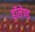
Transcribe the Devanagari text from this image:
हॉलेण्ड